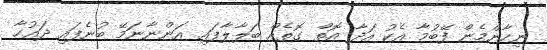
ނިހާންމެން ފޭބުމާ އެކު އަދާ އޮތް ގޮތެއް ބަލާލާފައި އަންނާނަމޭ ބުނެފައި ދައުހާ